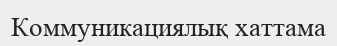
Коммуникациялық хаттама